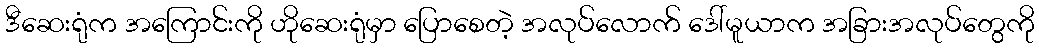
ဒီဆေးရုံက အကြောင်းကို ဟိုဆေးရုံမှာ ပြောစေတဲ့ အလုပ်လောက် ဒေါ်မူယာက အခြားအလုပ်တွေကို